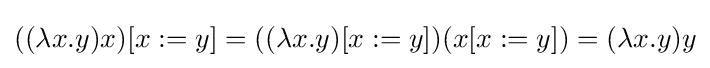
((\lambda x.y)x)[x:=y]=((\lambda x.y)[x:=y])(x[x:=y])=(\lambda x.y)y